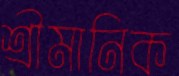
শ্রীমানিক